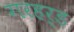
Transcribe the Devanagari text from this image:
गरहर्ड